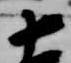
十